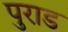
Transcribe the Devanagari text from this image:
पुराड